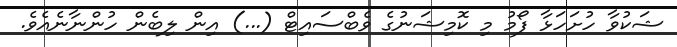
ޝަކުވާ ހުށަހަޅާ ފޯމު މި ކޮމިޝަނުގެ ވެބްސައިޓް (...) އިން ލިބެން ހުންނާނެއެވެ.